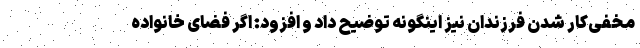
مخفی‌کار شدن فرزندان نیز اینگونه توضیح داد و افزود: اگر فضای خانواده